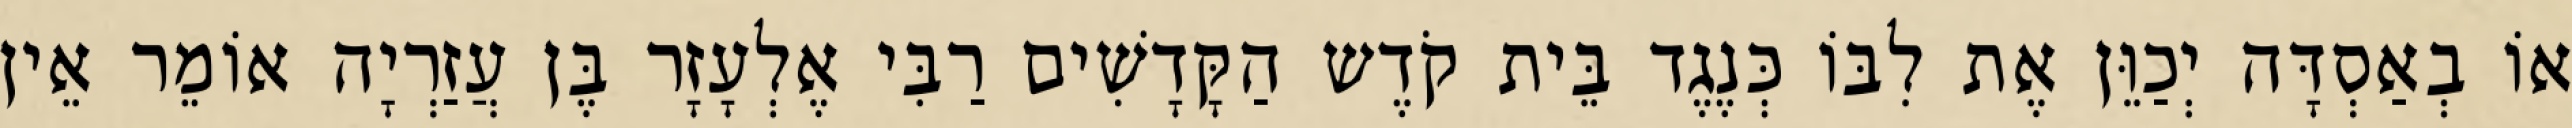
אוֹ בְאַסְדָּה יְכַוֵּן אֶת לִבּוֹ כְּנֶגֶד בֵּית קֹדֶש הַקָּדָשִׁים רַבִּי אֶלְעָזָר בֶּן עֲזַרְיָה אוֹמֵר אֵין